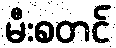
မီးစတင်